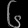
Digit: ၆